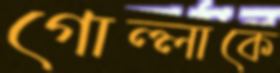
গোল্লাকে